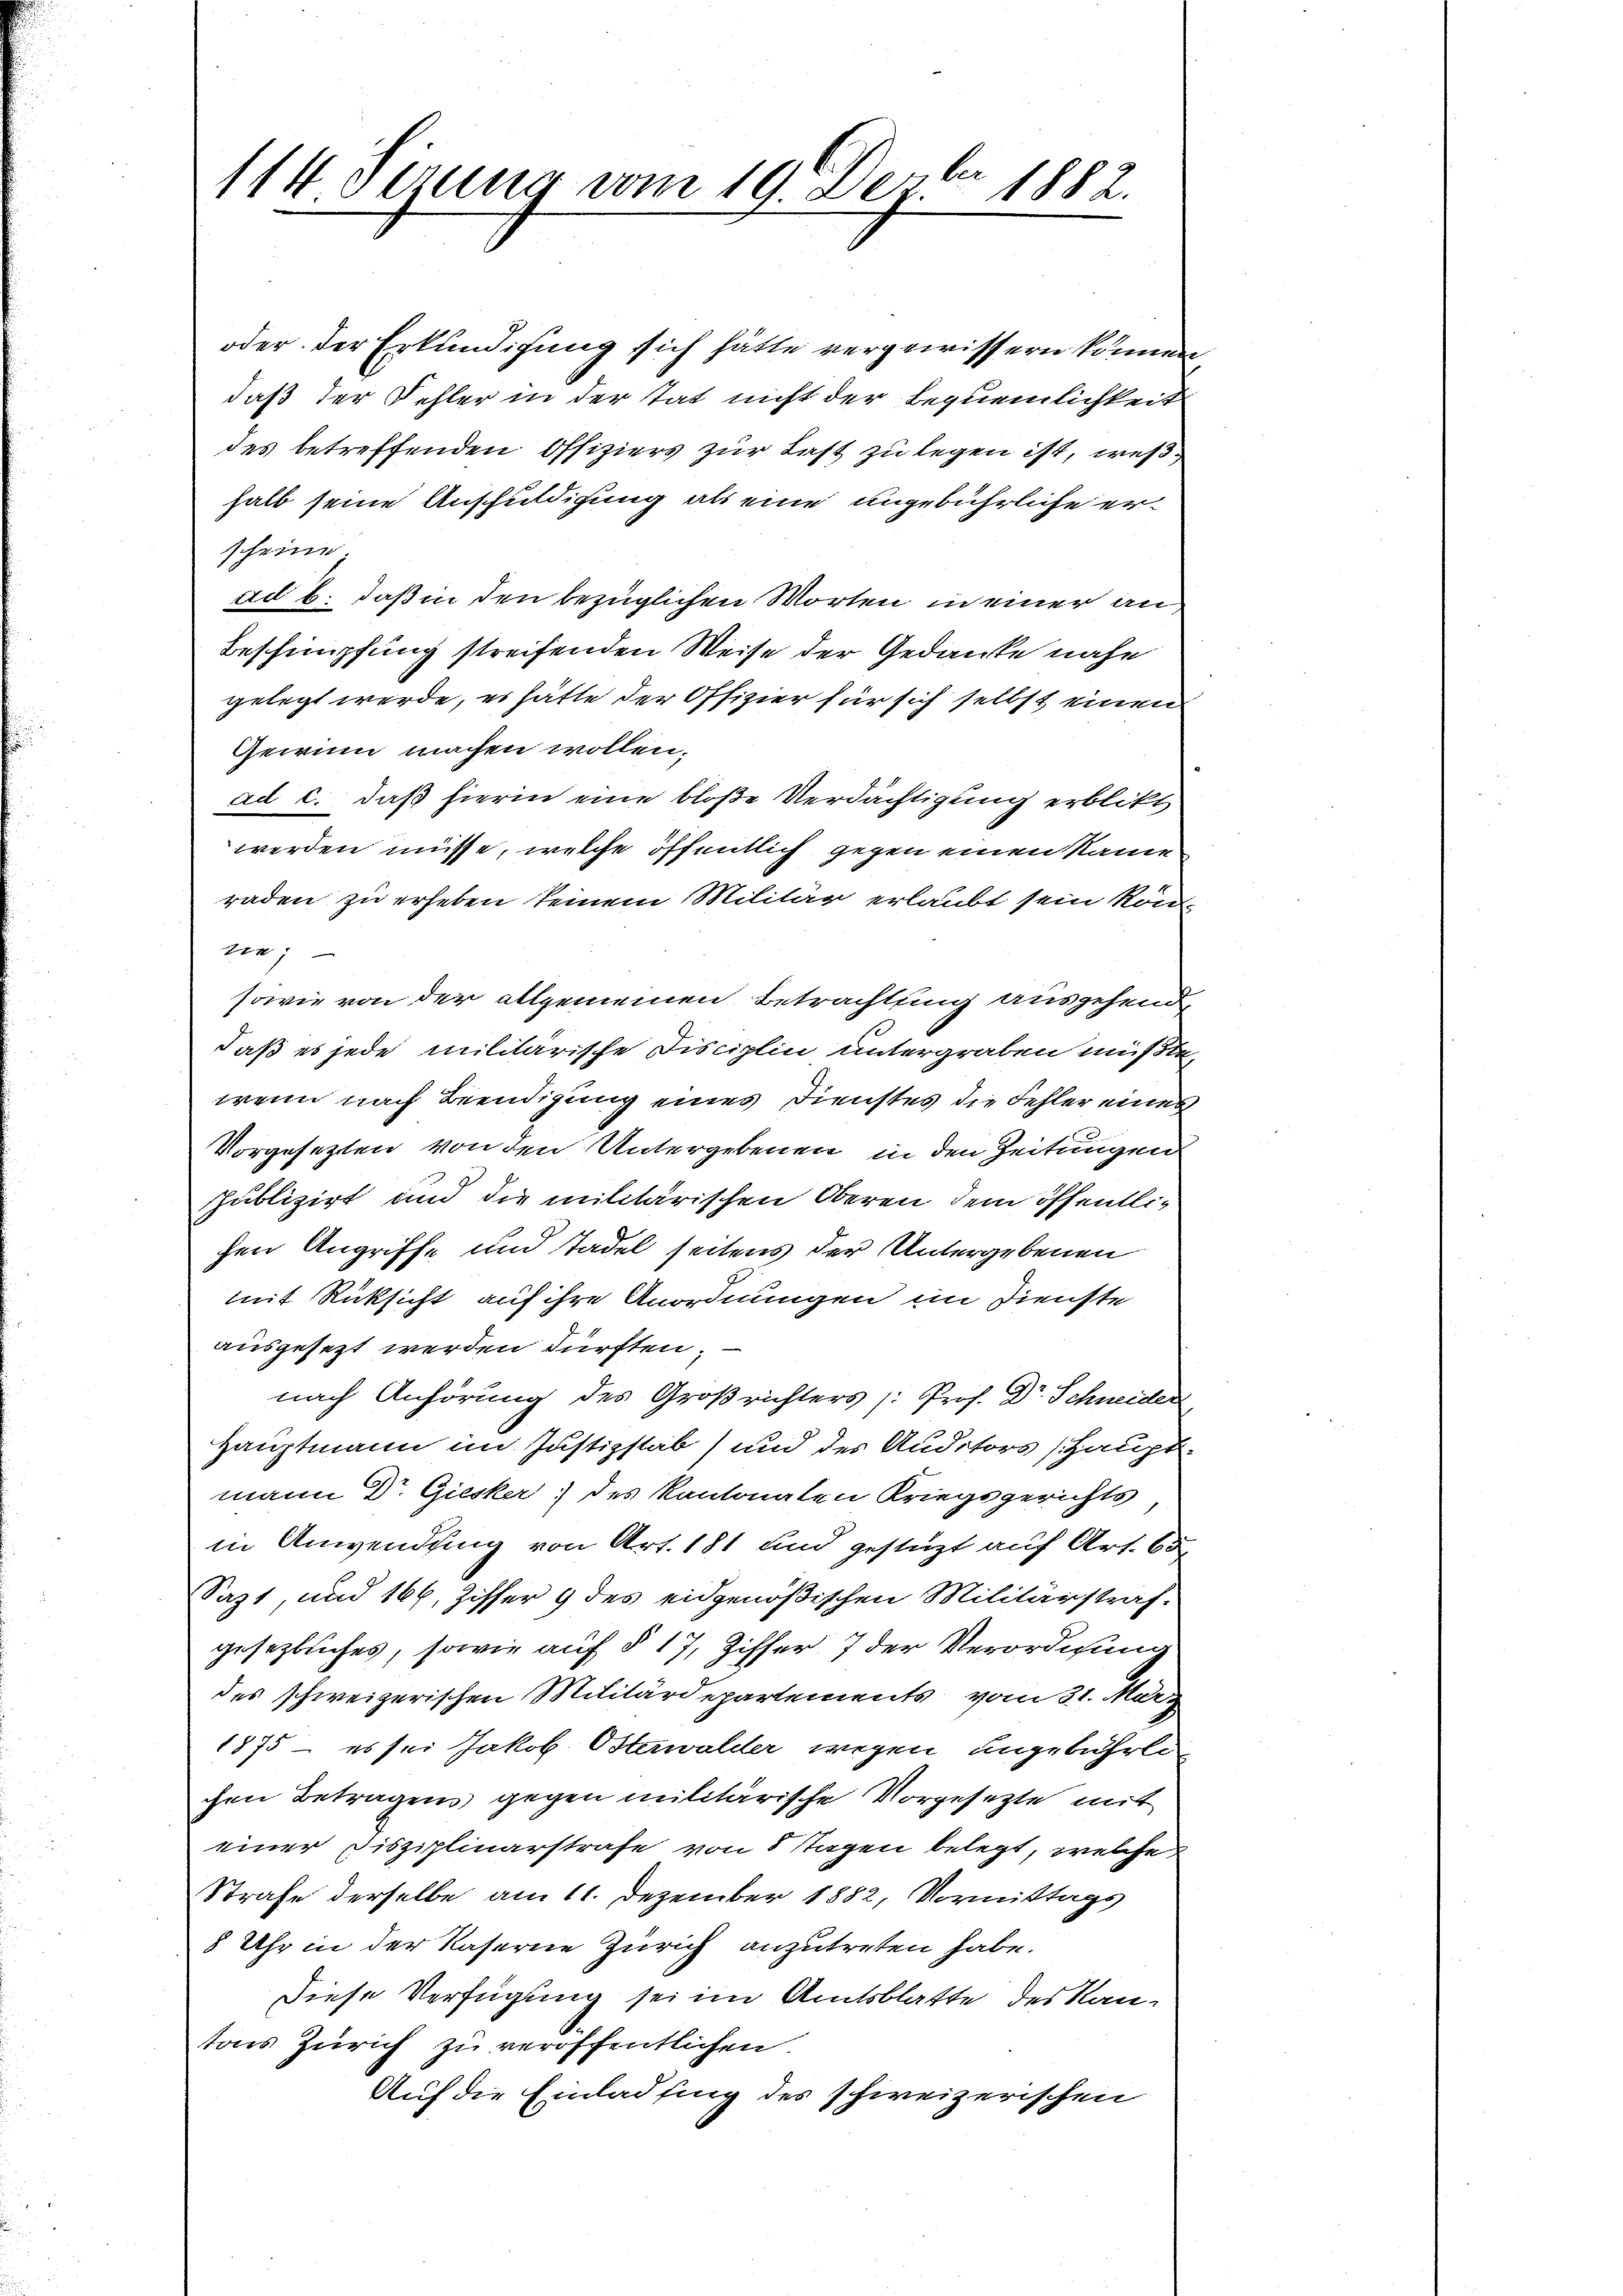
114 Serung vom 19. Decbr 1882.

oder der Erkundigung sich hätte vergewissern können
daß der Fehler in der Tat nicht der Bequemlichkeit
des betreffenden Offiziers zur Last zu legen ist, weß
halb seine Anschuldigung als eine ungebührliche erscheine
ad b. daß in den bezüglichen Worten in einer an¬
Beschimpfung streifenden Weise der Gedanke nahe
gelegt werde, er hätte der Offizier für sich selbst einen
Gewinn machen wollen.
ad c. daß hierin eine bloße Verdächtigung erblickt
werden müsse, welche öffentlich gegen einen Name
raden zu erheben keinem Militär erlaubt sein köne
sowie von der allgemeinen Betrachtung ausgehend
daß es jede militarische Disciplin untergraben müßte,
wenn nach Beendigung eines Dienstes die Fehler eines
Vorgesezten von den Untergebenen in den Zeitungen
publizirt und die militärischen Oberen dem öffentlihen Angriffe und Tadel seitens der Untergebenen
mit Rücksicht auf ihre Anordnungen im Dienste
ausgesezt werden dürften,
nach Anhörung des Großrichters /: Prof. Dr. Schneider
Hauptmann im Justizstab und des Auditors (Hauptmann Dr. Giesker des Kantonaten Kriegsgerichts
in Anwendung von Art. 181 und gestüzt auf Art. 65
Sazt, und 166, Ziffer 9 des eidgenößischen Militärstraf.
gesetzbuches, sowie auf § 17, Ziffer 7 der Verordnung
des schweizerischen Militärdepartements vom 31. März
1875 - es sei Jakob Osterwalder wegen angebührlichen Betragens gegen militärische Vorgesetzte mit
einer Disziplinarstrafe von 8 Tagen belegt, welche
Strafe derselbe am 11. Dezember 1882, Vormittags
8 Uhr in der Kaserne Zürich anzutreten habe.
Diese Verfügung sei im Amtsblatte des Kantons Zürich zu veröffentlichen
Auf die Einladfing des schweizerischen